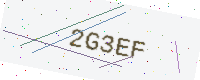
Text: 2G3EF